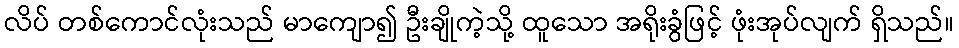
လိပ် တစ်ကောင်လုံးသည် မာကျော၍ ဦးချိုကဲ့သို့ ထူသော အရိုးခွံဖြင့် ဖုံးအုပ်လျက် ရှိသည်။